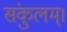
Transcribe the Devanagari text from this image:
संकुलम्‌।